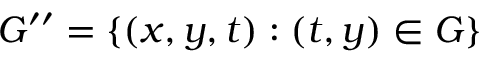
\, G ^ { \prime \prime } = \{ ( x , y , t ) : ( t , y ) \in G \}